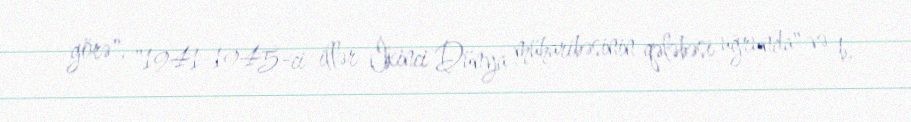
görə", "1941-1945-ci illər İkinci Dünya müharibəsinin qələbəsi uğrunda" və b.